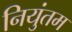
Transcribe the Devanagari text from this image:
नियुंतम